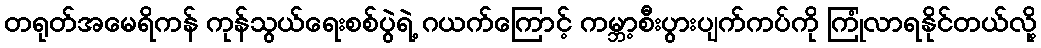
တရုတ်အမေရိကန် ကုန်သွယ်ရေးစစ်ပွဲရဲ့ ဂယက်ကြောင့် ကမ္ဘာ့စီးပွားပျက်ကပ်ကို ကြုံလာရနိုင်တယ်လို့